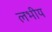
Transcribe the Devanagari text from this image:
लभीय